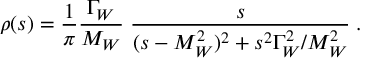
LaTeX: \rho ( s ) = { \frac { 1 } { \pi } } { \frac { \Gamma _ { W } } { M _ { W } } } \; { \frac { s } { ( s - M _ { W } ^ { 2 } ) ^ { 2 } + s ^ { 2 } \Gamma _ { W } ^ { 2 } / M _ { W } ^ { 2 } } } \; .